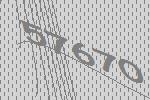
57670